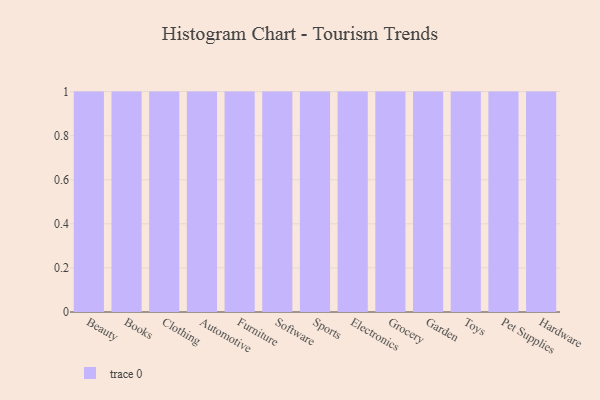
{"axis": {"x": "Category", "y": "Bounce Rate (%)"}, "legend": [""], "data": [{"x": "Beauty", "y": 35, "type": ""}, {"x": "Books", "y": 70, "type": ""}, {"x": "Clothing", "y": 75, "type": ""}, {"x": "Automotive", "y": 57, "type": ""}, {"x": "Furniture", "y": 39, "type": ""}, {"x": "Software", "y": 45, "type": ""}, {"x": "Sports", "y": 78, "type": ""}, {"x": "Electronics", "y": 51, "type": ""}, {"x": "Grocery", "y": 57, "type": ""}, {"x": "Garden", "y": 72, "type": ""}, {"x": "Toys", "y": 80, "type": ""}, {"x": "Pet Supplies", "y": 26, "type": ""}, {"x": "Hardware", "y": 8, "type": ""}]}